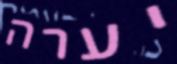
יערה